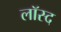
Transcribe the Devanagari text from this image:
लॉस्द